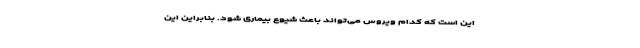
این است که کدام ویروس می‌تواند باعث شیوع بیماری شود. بنابراین این